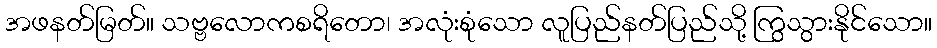
အဖနတ်မြတ်။ သဗ္ဗလောကစရိတော၊ အလုံးစုံသော လူပြည်နတ်ပြည်သို့ ကြွသွားနိုင်သော။